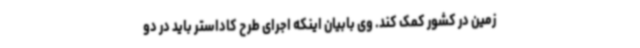
زمین در کشور کمک کند. وی بابیان اینکه اجرای طرح کاداستر باید در دو